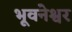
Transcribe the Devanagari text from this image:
भूवनेश्वर